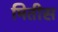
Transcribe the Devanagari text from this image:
मितीस